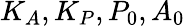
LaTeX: K_{A},K_{P},P_{0},A_{0}